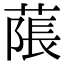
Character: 𦹥